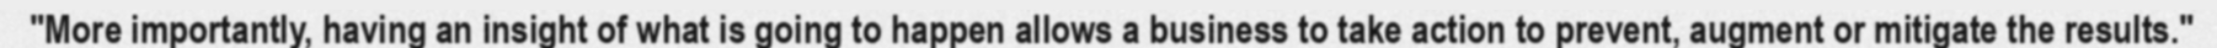
"More importantly, having an insight of what is going to happen allows a business to take action to prevent, augment or mitigate the results."